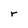
Character: r